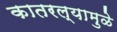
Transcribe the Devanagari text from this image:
कातरल्यामुळे